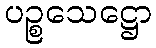
ပဉ္စသေဋ္ဌော